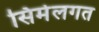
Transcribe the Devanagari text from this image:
सिमेलगत